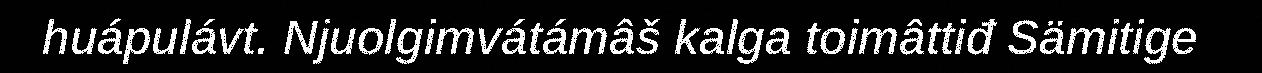
huápulávt. Njuolgimvátámâš kalga toimâttiđ Sämitige